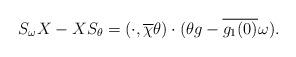
LaTeX: \begin{align*}S_\omega X-X S_\theta=(\cdot, \overline\chi\theta)\cdot(\theta g - \overline {g_1(0)}\omega).\end{align*}